Vaccination United Provinces of Agra and Oudh 1902-1913 - 1902-1913
Year: 1902
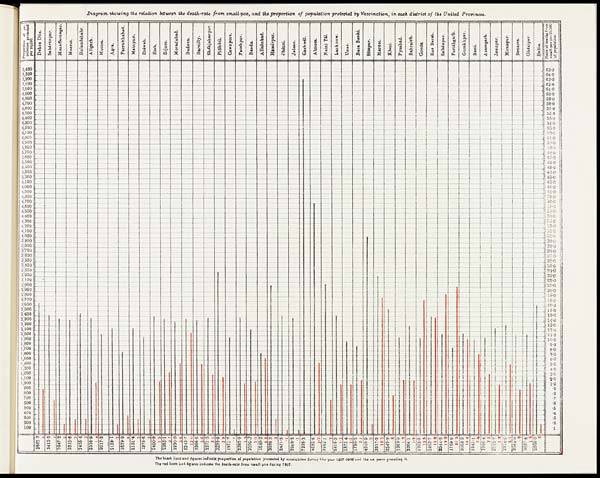
Diagram, showing the relation between the death-rate from small-pox, and the proportion of population protected by Vaccination, in each district of the United Provinces.
The black lines and figures indicate proportion of population protected by vaccination during the year 1907-1908 and the std. year preceding it.
The red lines and figures indicate the death-rate from small- pox during 1907.